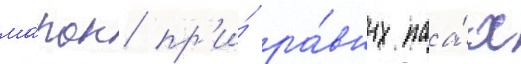
ма́рок пр'и́ ра́вных паа́х